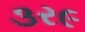
૩ર૯